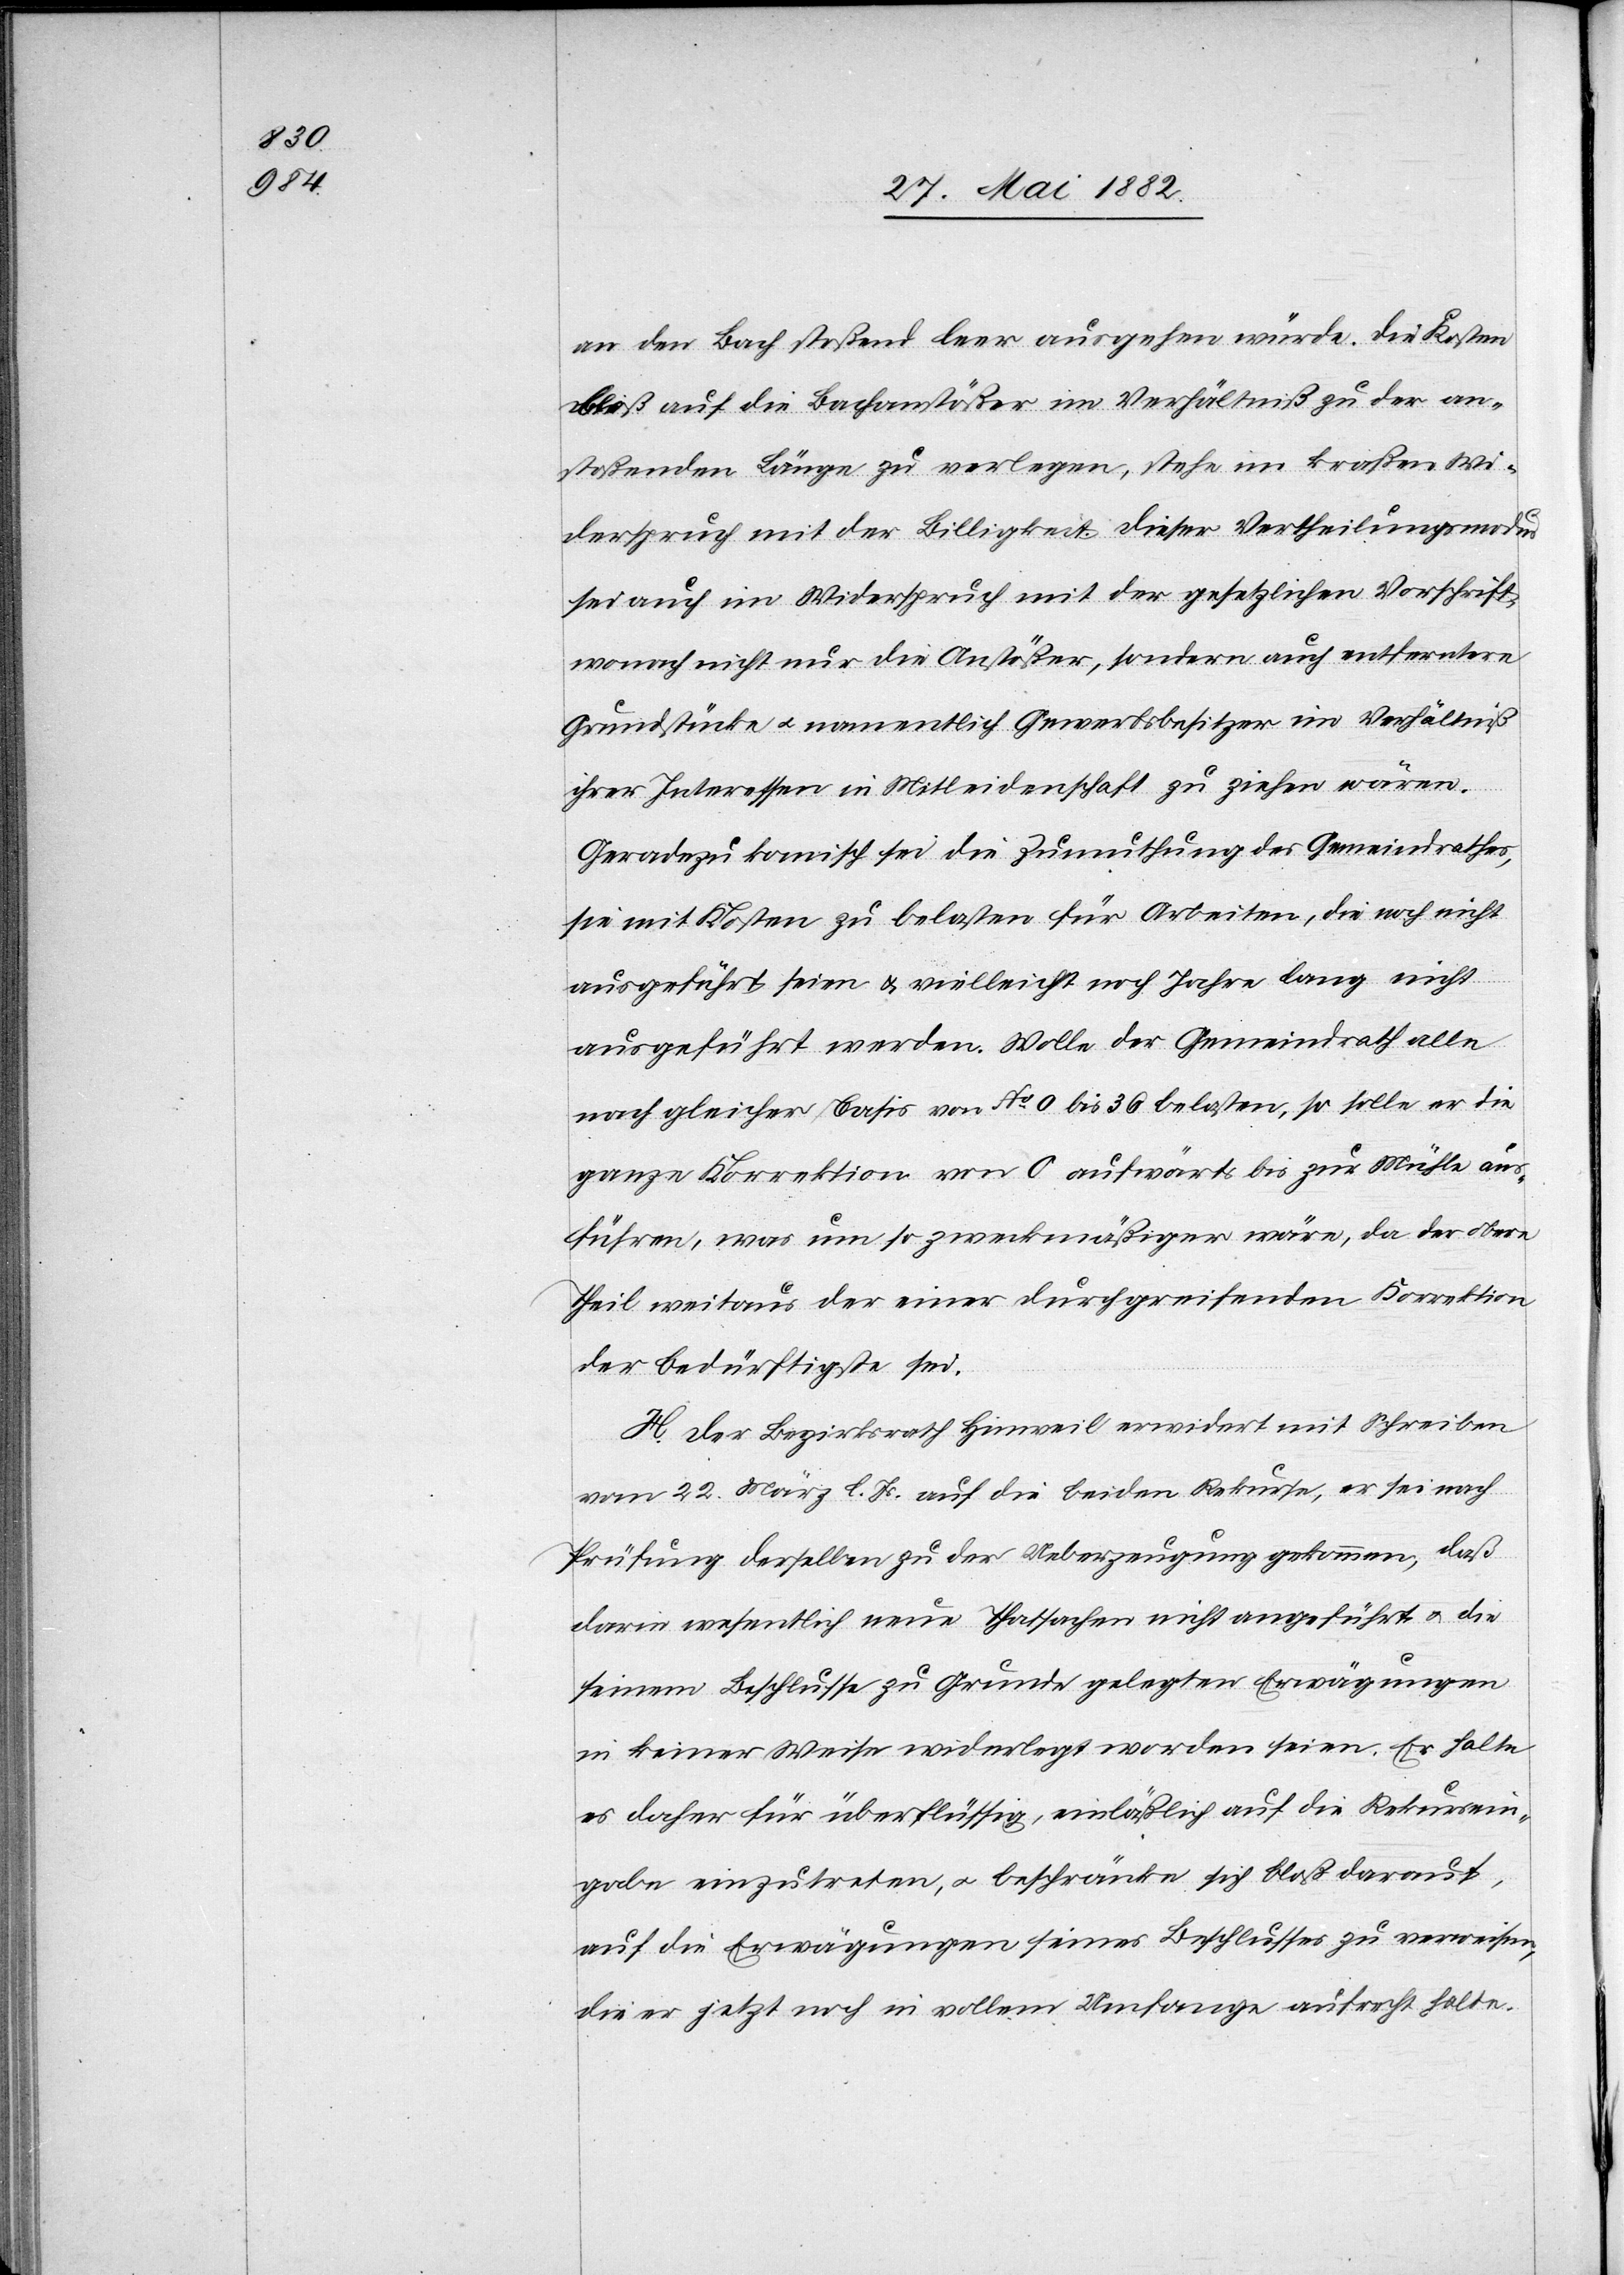
an den Bach stoßend, leer ausgehen würde. Die Kosten
bloß auf die Bachanstößer im Verhältniß zu der an¬
stoßenden Länge zu verlegen, stehe im kraßen Wi¬
derspruch mit der Billigkeit. Dieser Vertheilungsmodus
sei auch im Widerspruch mit der gesetzlichen Vorschrift,
wonach nicht nur die Anstößer, sondern auch entferntere
Grundstücke u namentlich Gewerbsbesitzer im Verhältniß
ihrer Interessen in Mitleidenschaft zu ziehen wären.
Geradezu komisch sei die Zumuthung des Gemeindrathes,
sie mit Kosten zu belasten für Arbeiten, die noch nicht
ausgeführt seien & vielleicht noch Jahre lang nicht
ausgeführt werden. Wolle der Gemeindrath alle
nach gleicher Basis von No 0 bis 36 belasten, so solle er die
ganze Korrektion von 0 aufwärts bis zu Mühle aus¬
führen, was um so zweckmäßiger wäre, da der obere
Theil weitaus der einer durchgreifenden Korrektion
der bedürftigste sei
H. Der Bezirksrath Hinweil erwidert mit Schreiben
vom 22. März l. Js. auf die beiden Rekurse, er sei nach
Prüfung derselben zu der Ueberzeugung gekommen, daß
darin wesentlich neue Thatsachen nicht angeführt u. die
seinem Beschlusse zu Grunde gelegten Erwägungen
in keiner Weise wiederlegt worden seien. Er halte
es daher für überflüssig, einläßlich auf die Rekursein¬
gabe[n] einzutreten, u. beschränke sich bloß darauf,
auf die Erwägungen seines Beschlusses zu verweisen,
die er jetzt noch in vollem Umfange aufrecht halte.